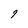
Character: 9